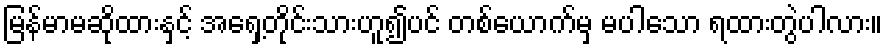
မြန်မာမဆိုထားနှင့် အရှေ့တိုင်းသားဟူ၍ပင် တစ်ယောက်မှ မပါသော ရထားတွဲပါလား။